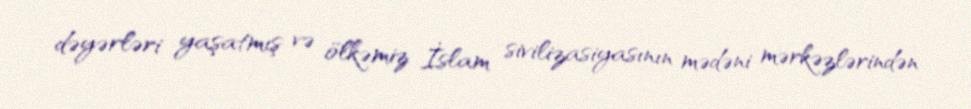
dəyərləri yaşatmış və ölkəmiz İslam sivilizasiyasının mədəni mərkəzlərindən